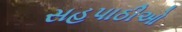
સહપાઠીઓ